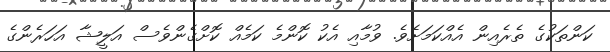
ކަންތަކުގެ ތެރެއިން އެއްކަމަށެވެ. ވުމާއި އެކު ކޮންމެ ކަމެއް ކޮށްގެންވެސް އަލީޝާ އަހަރެންގެ